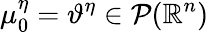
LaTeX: \mu_{0}^{\eta}=\vartheta^{\eta}\in\mathcal{P}(\mathbb{R}^{n})